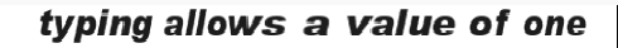
typing allows a value of one